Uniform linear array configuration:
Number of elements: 48
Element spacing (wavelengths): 0.5
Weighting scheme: hann
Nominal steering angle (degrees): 45
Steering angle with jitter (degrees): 45.611
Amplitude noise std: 0.05
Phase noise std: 0.05

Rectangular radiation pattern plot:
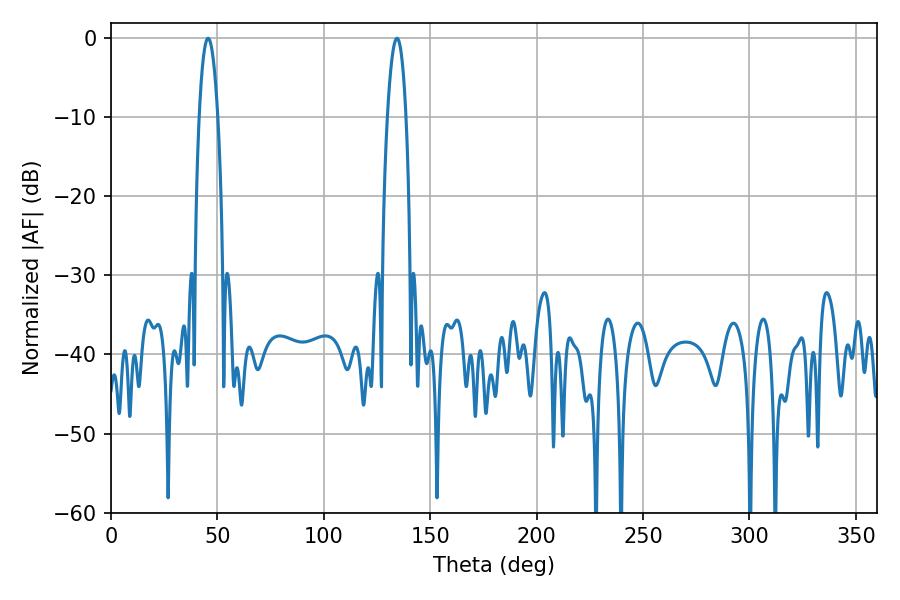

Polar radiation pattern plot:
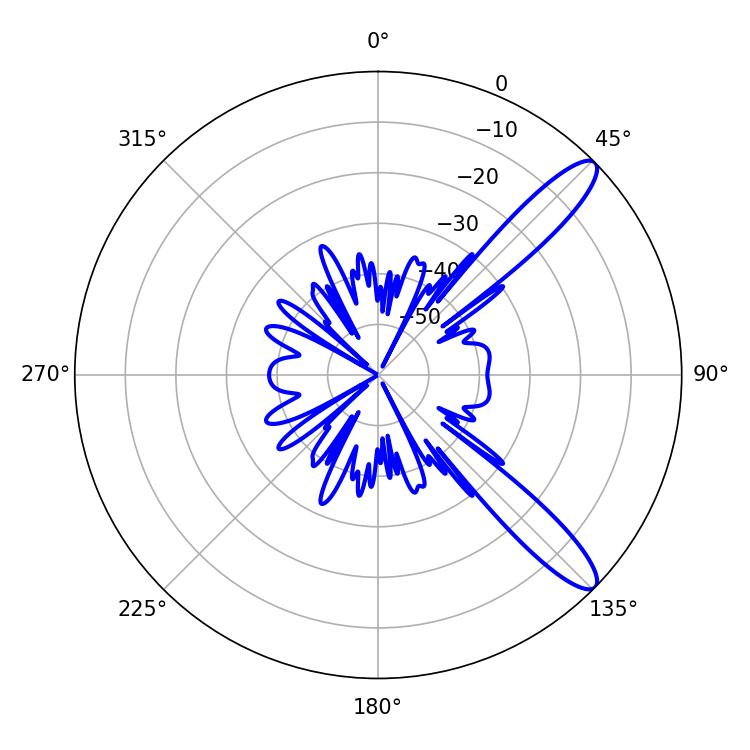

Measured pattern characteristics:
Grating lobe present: FALSE
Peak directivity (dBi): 11.845
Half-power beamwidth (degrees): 4.86
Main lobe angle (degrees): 45.54